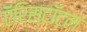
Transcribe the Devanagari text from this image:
ऍरिस्टॉटल